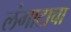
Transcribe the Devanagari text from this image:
लंगाटाचा